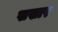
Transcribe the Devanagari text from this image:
खखार